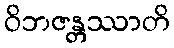
ဝိဘဇန္တဿာတိ